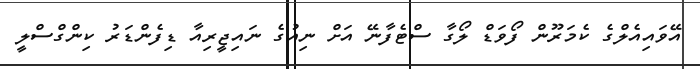
އޭވައިއެލްގެ ކެމަރޫން ފޯވަޑް ލޯގާ ސްޓެފާނޭ އަށް ނިއުގެ ނައިޖީރިއާ ޑިފެންޑަރު ކިންގްސްލީ